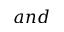
a n d